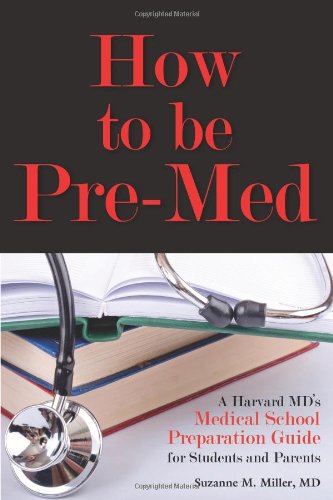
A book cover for How to Be Pre-Med: A Harvard MD's Medical School Preparation Guide for Students and Parents; Suzanne M. Miller; Education & Teaching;